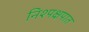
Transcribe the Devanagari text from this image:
निश्पक्षपात